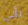
بأبي